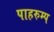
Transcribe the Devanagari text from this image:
पाहरुम्प